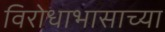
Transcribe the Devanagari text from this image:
विरोधाभासाच्या